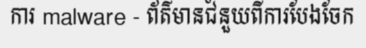
ការ malware - ព័ត៌មានជំនួយពីការបែងចែក